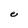
Character: e